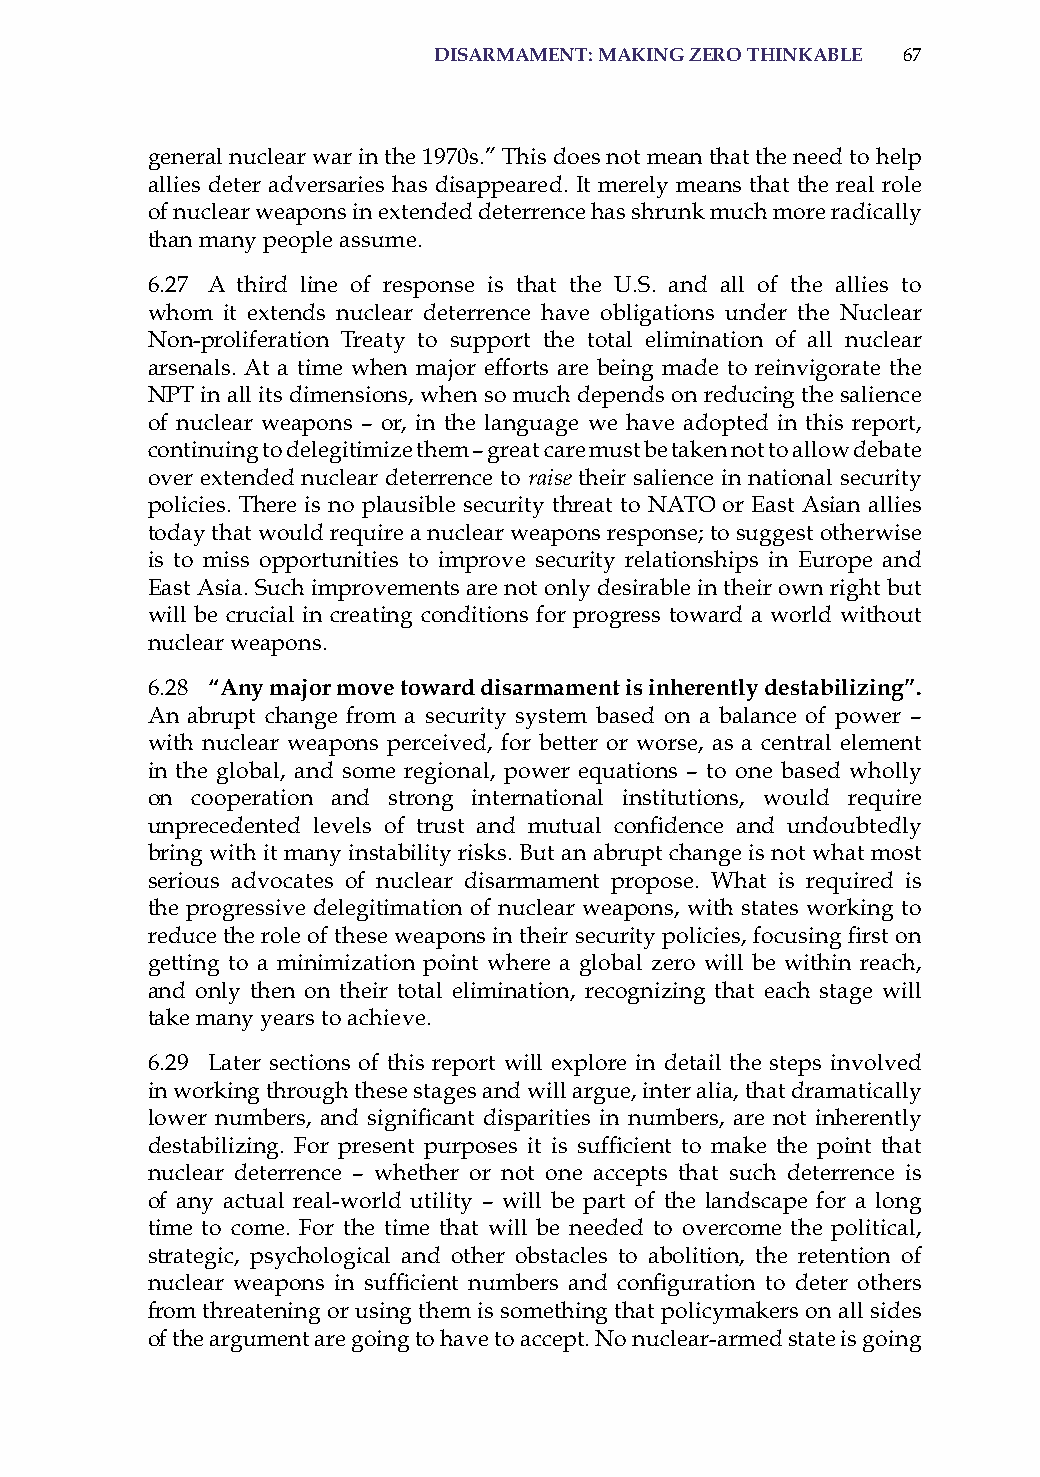
disarmament: makinG zero thinkaBle 67
 general nuclear war in the 1970s.” This does not mean that the need to help
 allies deter adversaries has disappeared. it merely means that the real role
 of nuclear weapons in extended deterrence has shrunk much more radically
 than many people assume.
 6.27 a third line of response is that the U.s. and all of the allies to
 whom it extends nuclear deterrence have obligations under the Nuclear
 Non-proliferation Treaty to support the total elimination of all nuclear
 arsenals. at a time when major efforts are being made to reinvigorate the
 NPT in all its dimensions, when so much depends on reducing the salience
 of nuclear weapons – or, in the language we have adopted in this report,
 continuing to delegitimize them – great care must be taken not to allow debate
 over extended nuclear deterrence to raise their salience in national security
 policies. There is no plausible security threat to NaTo or East asian allies
 today that would require a nuclear weapons response; to suggest otherwise
 is to miss opportunities to improve security relationships in Europe and
 East asia. such improvements are not only desirable in their own right but
 will be crucial in creating conditions for progress toward a world without
 nuclear weapons.
 6.28 “any major move toward disarmament is inherently destabilizing”.
 an abrupt change from a security system based on a balance of power –
 with nuclear weapons perceived, for better or worse, as a central element
 in the global, and some regional, power equations – to one based wholly
 on cooperation and strong international institutions, would require
 unprecedented levels of trust and mutual confidence and undoubtedly
 bring with it many instability risks. But an abrupt change is not what most
 serious advocates of nuclear disarmament propose. What is required is
 the progressive delegitimation of nuclear weapons, with states working to
 reduce the role of these weapons in their security policies, focusing first on
 getting to a minimization point where a global zero will be within reach,
 and only then on their total elimination, recognizing that each stage will
 take many years to achieve.
 6.29 Later sections of this report will explore in detail the steps involved
 in working through these stages and will argue, inter alia, that dramatically
 lower numbers, and significant disparities in numbers, are not inherently
 destabilizing. For present purposes it is sufficient to make the point that
 nuclear deterrence – whether or not one accepts that such deterrence is
 of any actual real-world utility – will be part of the landscape for a long
 time to come. For the time that will be needed to overcome the political,
 strategic, psychological and other obstacles to abolition, the retention of
 nuclear weapons in sufficient numbers and configuration to deter others
 from threatening or using them is something that policymakers on all sides
 of the argument are going to have to accept. No nuclear-armed state is going